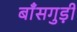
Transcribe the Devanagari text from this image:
बाँसगुड़ी